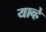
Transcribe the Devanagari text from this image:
याव्‍हे